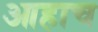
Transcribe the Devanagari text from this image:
आहाच